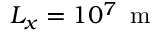
L _ { x } = 1 0 ^ { 7 } \, \mathrm { ~ m ~ }